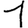
Digit: 1